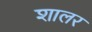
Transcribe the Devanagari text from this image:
शालर